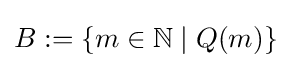
B:=\{m\in {\mathbb {N} }\mid Q(m)\}